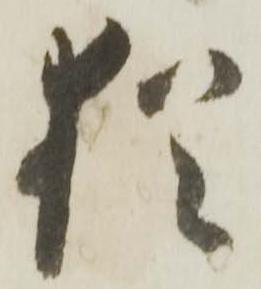
猶